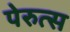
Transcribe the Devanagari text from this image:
पेरुत्स